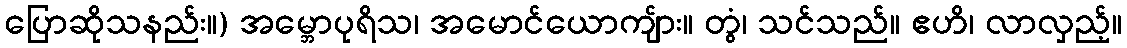
ပြောဆိုသနည်း။) အမ္ဘောပုရိသ၊ အမောင်ယောကျ်ား။ တွံ၊ သင်သည်။ ဧဟိ၊ လာလှည့်။